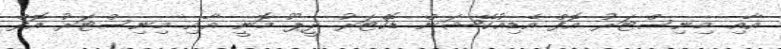
އާއި މިނިސްޓަރު އޮފް އެޑިއުކޭޝަން ޑޮކްޓަރު ދީޕޫ މޮނީ އާއި މިނިސްޓަރު އޮފް